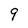
Character: 9